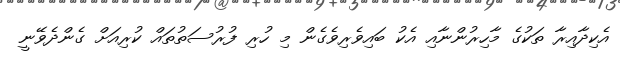
އެކިދާއިރާ ތަކުގެ މާހިރުންނާއި އެކު ބައިވެރިވެގެން މި ހުރި ފުރުސަތުތައް ކުރިއަށް ގެންދެވޭނީ